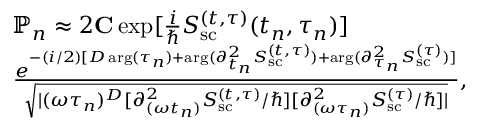
\begin{array} { r l } & { \mathbb { P } _ { n } \approx 2 { \bf C } \exp [ { \frac { i } { \hbar } S _ { \mathrm { s c } } ^ { ( t , \tau ) } ( t _ { n } , \tau _ { n } ) } ] } \\ & { \frac { e ^ { - ( i / 2 ) [ D \arg ( \tau _ { n } ) + \arg ( { \partial _ { t _ { n } } ^ { 2 } S _ { \mathrm { s c } } ^ { ( t , \tau ) } } ) + \arg ( { \partial _ { \tau _ { n } } ^ { 2 } S _ { \mathrm { s c } } ^ { ( \tau ) } } ) ] } } { \sqrt { | ( \omega \tau _ { n } ) ^ { D } [ { \partial _ { ( \omega t _ { n } ) } ^ { 2 } S _ { \mathrm { s c } } ^ { ( t , \tau ) } } / \hbar ] [ { \partial _ { ( \omega \tau _ { n } ) } ^ { 2 } S _ { \mathrm { s c } } ^ { ( \tau ) } } / \hbar ] | } } , } \end{array}